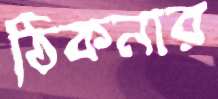
ঠিকনার